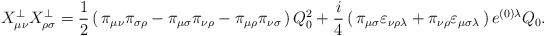
LaTeX: \begin{align*}X^\bot_{\mu\nu} X^\bot_{\rho\sigma} = \frac{1}{2} \left(\,\pi_{\mu\nu} \pi_{\sigma\rho} - \pi_{\mu\sigma} \pi_{\nu\rho} - \pi_{\mu\rho} \pi_{\nu\sigma} \, \right) Q_0^2 + \frac{i}{4} \left(\, \pi_{\mu\sigma} \varepsilon_{\nu\rho\lambda} + \pi_{\nu\rho} \varepsilon_{\mu\sigma\lambda} \, \right) e^{(0)\lambda} Q_0. \end{align*}